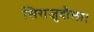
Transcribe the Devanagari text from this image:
सिराजुदौला।